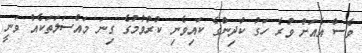
ވެސް އެއަށް ވުރެ ހަގު ކުދިންގެ ކައިވެނި ކުރުވުމުގެ ގިނަ މައްސަލަތަކެއް ވަނީ